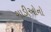
ગાડીઓનો